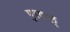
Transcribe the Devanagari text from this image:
पुरवाल्